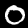
Digit: 0